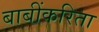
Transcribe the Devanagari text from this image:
बाबींकरिता